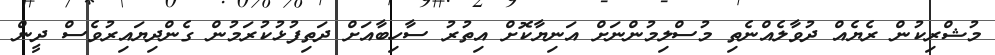
މުޝްރިކުން ރެޔެއް ދުވާލެއްނެތި މުސްލިމުންނަށް އަނިޔާކޮށް އިތުރު ސާހިބާއަށް ދަތިފުޅުކުރަމުން ގެންދިޔައިރުވެސް ދީން